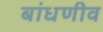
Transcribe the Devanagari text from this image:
बांधणीव